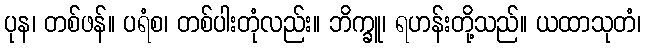
ပုန၊ တစ်ဖန်။ ပရံစ၊ တစ်ပါးတုံလည်း။ ဘိက္ခူ၊ ရဟန်းတို့သည်။ ယထာသုတံ၊